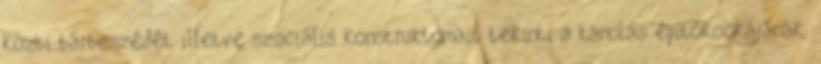
közti bárbeszédét illetve szociális konstruktumait tekinti a tanulás építőkockájának,